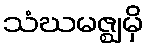
သံဃမဇ္ဈမှိ